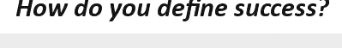
How do you define success?